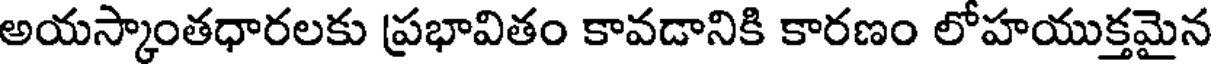
అయస్కాంతధారలకు ప్రభావితం కావడానికి కారణం లోహయుక్తమైన